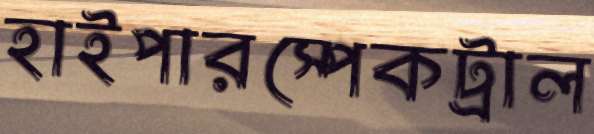
হাইপারস্পেকট্রাল